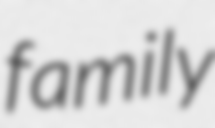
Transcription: family